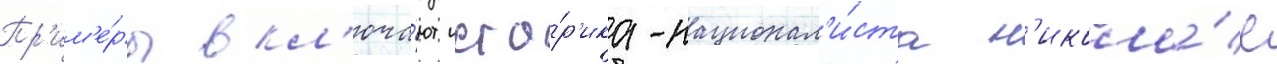
Пр'им'е́ры вкл'юча́ют исто́р'ика-национал'и́ста н'икола́е